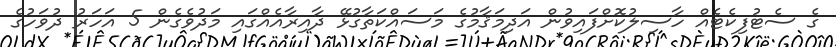
ގެ ސެޓުފިކެޓެއް ހާސިލުކޮށްފައިވުން އަދިމަޤާމުގެ މަސައްކަތާގުޅޭ ދާއިރާއެއްގައިި މަދުވެގެން 5 އަހަރު ދުވަހުގެ